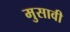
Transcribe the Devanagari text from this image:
मुसावी